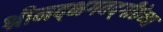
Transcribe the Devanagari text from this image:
श्रीमद्‌भगवद्‌गीतेच्या